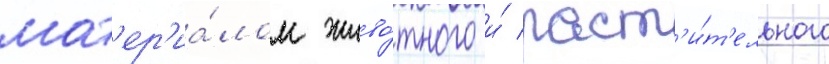
мат'ер'иа́лом живо́тного и́ раст'и́т'ельного